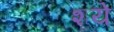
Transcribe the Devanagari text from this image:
शये